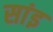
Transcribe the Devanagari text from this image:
सांइ